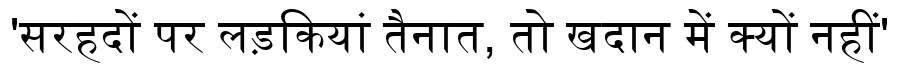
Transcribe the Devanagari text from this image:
'सरहदों पर लड़कियां तैनात, तो खदान में क्यों नहीं'